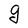
Character: g